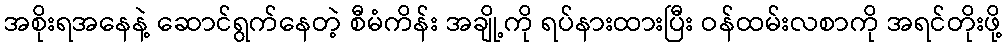
အစိုးရအနေနဲ့ ဆောင်ရွက်နေတဲ့ စီမံကိန်း အချို့ကို ရပ်နားထားပြီး ဝန်ထမ်းလစာကို အရင်တိုးဖို့